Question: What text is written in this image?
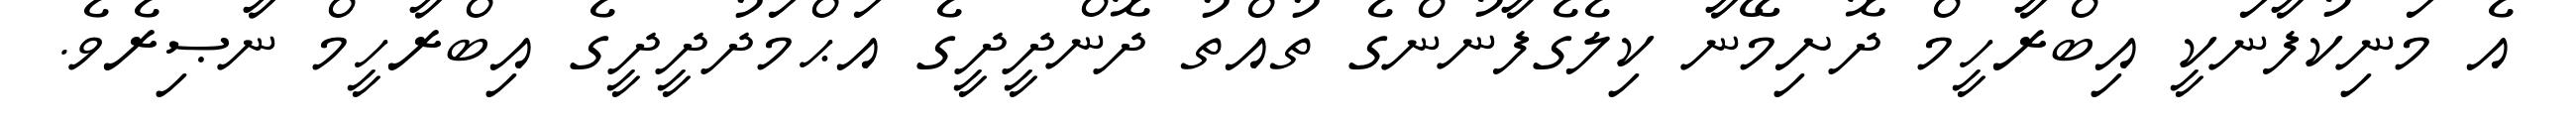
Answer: އެ މަނިކުފާނަކީ އިބްރާހީމް ދޮށިމޭނާ ކިލެގެފާނުންގެ ތުއްތު ދޮންދީދީގެ އަޙްމަދުދީދީގެ އިބްރާހީމް ނާޞިރެވެ.